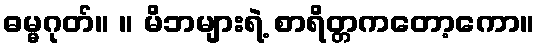
ဓမ္မဂုတ်။ ။ မိဘများရဲ့ စာရိတ္တကတော့ကော။